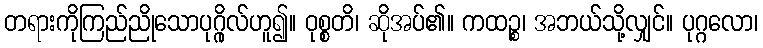
တရားကိုကြည်ညိုသောပုဂ္ဂိုလ်ဟူ၍။ ဝုစ္စတိ၊ ဆိုအပ်၏။ ကထဉ္စ၊ အဘယ်သို့လျှင်။ ပုဂ္ဂလော၊